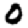
Digit: 0